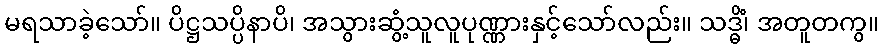
မရသာခဲ့သော်။ ပိဋ္ဌသပ္ပိနာပိ၊ အသွားဆွံ့သူလူပုဏ္ဏားနှင့်သော်လည်း။ သဒ္ဓိံ၊ အတူတကွ။